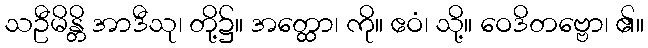
သဦမိန္တိ အာဒီသု၊ တို့၌။ အတ္ထော၊ ကို။ ဧဝံ၊ သို့။ ဝေဒိတဗ္ဗော၊ ၏။